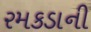
રમકડાની